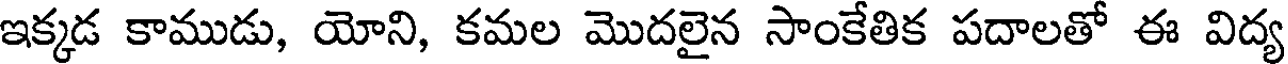
ఇక్కడ కాముడు, యోని, కమల మొదలైన సాంకేతిక పదాలతో ఈ విద్య